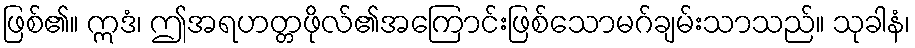
ဖြစ်၏။ ဣဒံ၊ ဤအရဟတ္တဖိုလ်၏အကြောင်းဖြစ်သောမဂ်ချမ်းသာသည်။ သုခါနံ၊